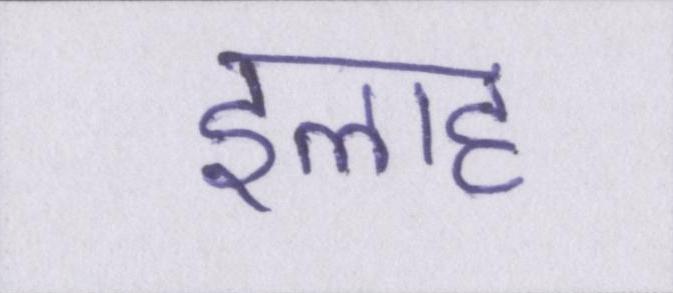
इलाह